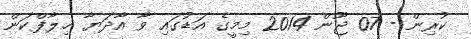
ކުރިން - 07 ޖޫން 2014 މިމީގެ އަޑުގައި ވާ އާދަޔާ ޚިލާފްކަން